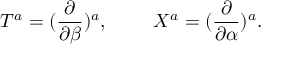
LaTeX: { \cal T } ^ { a } = ( { \frac { \partial } { \partial \beta } } ) ^ { a } , \ \ \ \ \ \ \ { \cal X } ^ { a } = ( { \frac { \partial } { \partial \alpha } } ) ^ { a } .